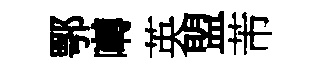
鄂囀英盟芾